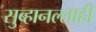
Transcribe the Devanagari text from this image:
सुब्हानल्लाही